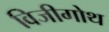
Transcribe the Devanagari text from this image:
विजीगोथ